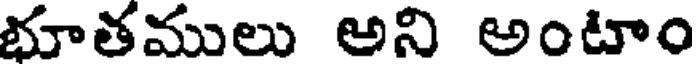
భూతములు అని అంటాం